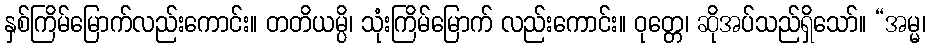
နှစ်ကြိမ်မြောက်လည်းကောင်း။ တတိယမ္ပိ၊ သုံးကြိမ်မြောက် လည်းကောင်း။ ဝုတ္တေ၊ ဆိုအပ်သည်ရှိသော်။ “အမ္မ၊